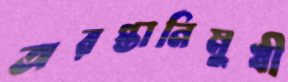
অরপ্তানিমুখী